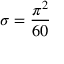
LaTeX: \sigma = { \frac { \pi ^ { 2 } } { 6 0 } }